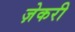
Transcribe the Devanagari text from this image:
ज़ेकरी